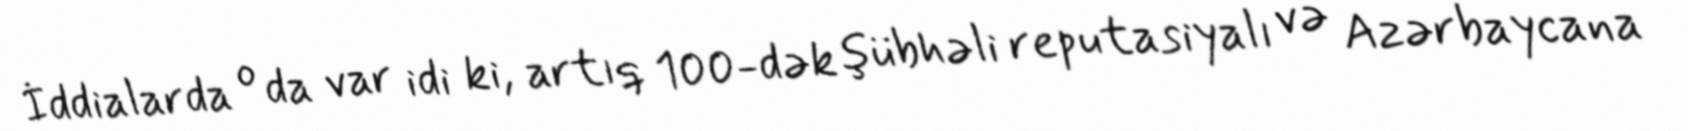
İddialarda o da var idi ki, artıq 100-dək şübhəli reputasiyalı və Azərbaycana